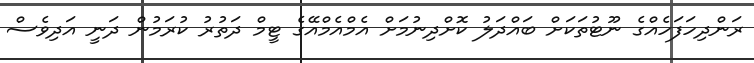
ރަންދިހަފަހެއްގެ ނޫޓުތަކަށް ބައްދަލު ކޮށްދިނުމަށް އެމްއެމްއޭގެ ޓީމް ދަތުރު ކުރަމުން ދަނީ އަދިވެސް